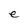
Character: e